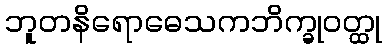
ဘူတနိရောဓေသကဘိက္ခုဝတ္ထု